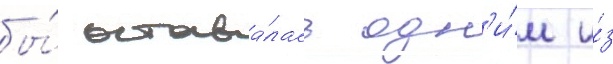
бы́ остава́лась одн'и́м и́з